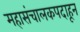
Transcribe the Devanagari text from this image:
महासंचालकपदाहून